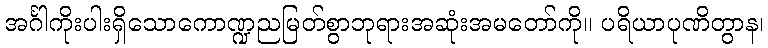
အင်္ဂါကိုးပါးရှိသောကောဏ္ဍညမြတ်စွာဘုရားအဆုံးအမတော်ကို။ ပရိယာပုဏိတွာန၊